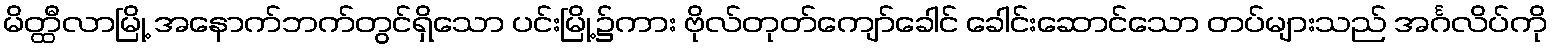
မိတ္ထီလာမြို့ အနောက်ဘက်တွင်ရှိသော ပင်းမြို့၌ကား ဗိုလ်တုတ်ကျော်ခေါင် ခေါင်းဆောင်သော တပ်များသည် အင်္ဂလိပ်ကို